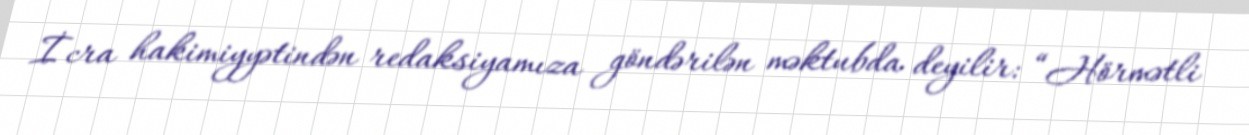
İcra hakimiyyətindən redaksiyamıza göndərilən məktubda deyilir: “Hörmətli